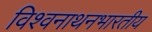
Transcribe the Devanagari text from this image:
विश्वनाथनभारतीय